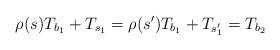
LaTeX: \begin{align*}\rho(s)T_{b_{1}}+T_{s_{1}}=\rho(s')T_{b_{1}}+T_{s_{1}'}=T_{b_{2}}\end{align*}